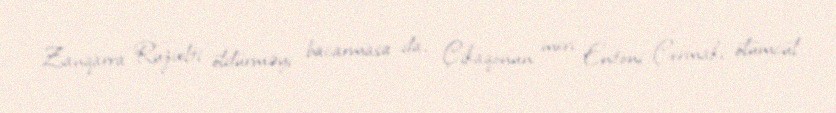
Zanqarra Ruzvelti öldürməyi bacarmasa da, Çikaqonun meri Entoni Çermakı ölümcül